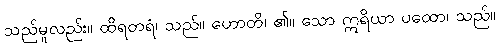
သည်မူလည်း။ ထိရတရံ၊ သည်။ ဟောတိ၊ ၏။ သော ဣရိယာ ပထော၊ သည်။